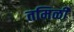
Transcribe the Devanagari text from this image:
तमिळी